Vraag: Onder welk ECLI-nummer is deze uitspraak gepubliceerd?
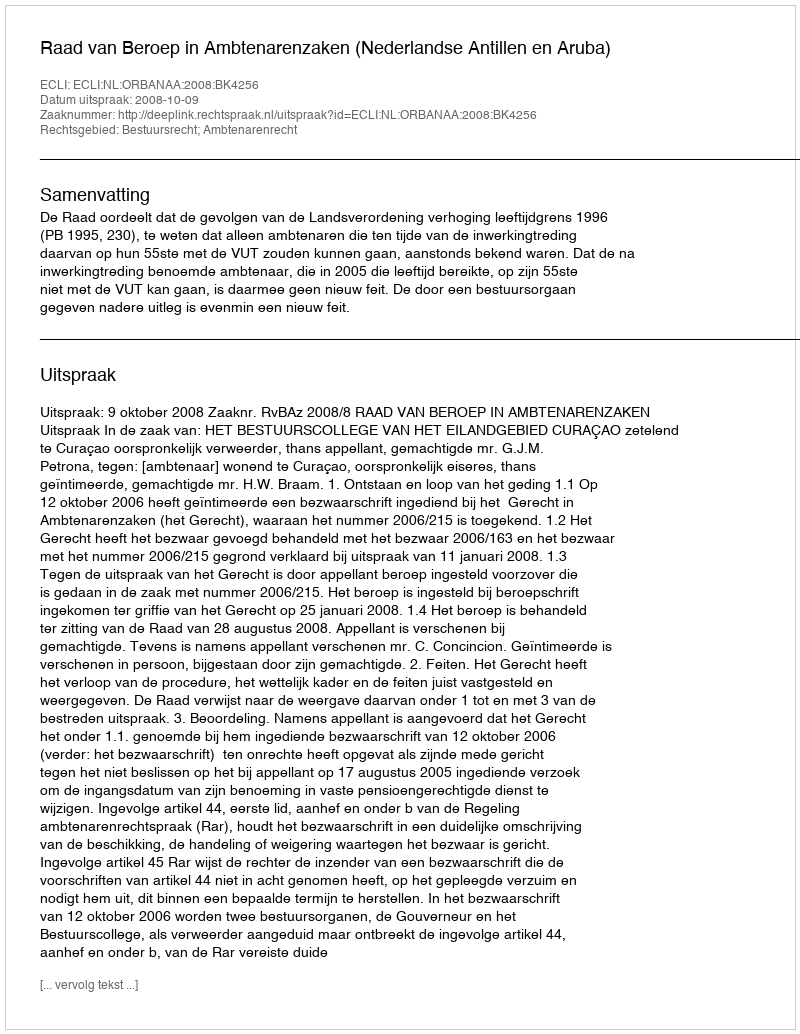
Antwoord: ECLI:NL:ORBANAA:2008:BK4256